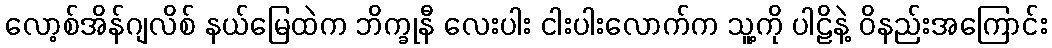
လော့စ်အိန်ဂျလိစ် နယ်မြေထဲက ဘိက္ခုနီ လေးပါး ငါးပါးလောက်က သူ့ကို ပါဠိနဲ့ ဝိနည်းအကြောင်း